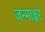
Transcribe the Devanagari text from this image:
जन्माक्षर